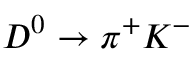
D ^ { 0 } \rightarrow \pi ^ { + } K ^ { - }